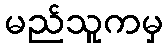
မည်သူကမှ